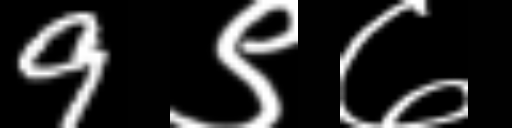
Text: 9९७